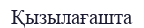
Қызылағашта